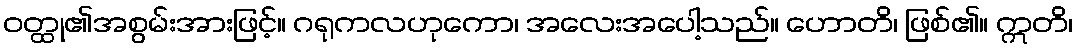
ဝတ္ထု၏အစွမ်းအားဖြင့်။ ဂရုကလဟုကော၊ အလေးအပေါ့သည်။ ဟောတိ၊ ဖြစ်၏။ ဣတိ၊